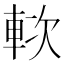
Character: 𨋰